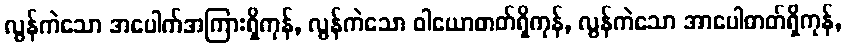
လွန်ကဲသော အပေါက်အကြားရှိကုန်, လွန်ကဲသော ဝါယောဓာတ်ရှိကုန်, လွန်ကဲသော အာပေါဓာတ်ရှိကုန်,